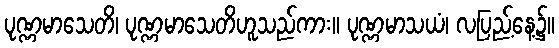
ပုဏ္ဏမာသေတိ၊ ပုဏ္ဏမာသေတိဟူသည်ကား။ ပုဏ္ဏမာသယံ၊ လပြည့်နေ့၌။